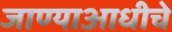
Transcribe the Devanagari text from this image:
जाण्याआधीचे